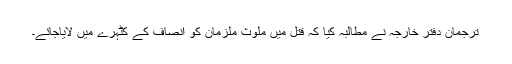
ترجمان دفتر خارجہ نے مطالبہ کیا کہ قتل میں ملوث ملزمان کو انصاف کے کٹہرے میں لایاجائے۔